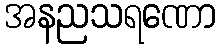
အနညသရဏော